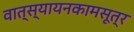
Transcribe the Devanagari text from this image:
वात्स्यायनकामसूत्र